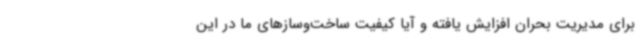
برای مدیریت بحران افزایش یافته و آیا کیفیت ساخت‌وسازهای ما در این